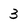
Character: 3